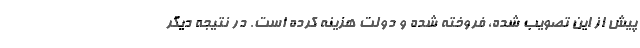
پیش از این تصویب شده، فروخته شده و دولت هزینه کرده است. در نتیجه دیگر